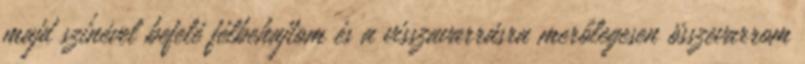
majd színével befelé félbehajtom és a visszavarrásra merőlegesen összevarrom